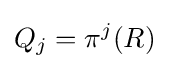
Q_{j}=\pi ^{j}(R)